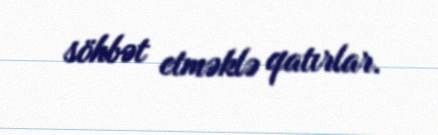
söhbət etməklə qatırlar.